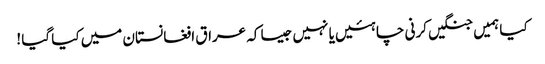
کیا ہمیں جنگیں کرنی چاہئیں یا نہیں جیسا کہ عراق افغانستان میں کیا گیا !